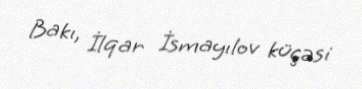
Bakı, İlqar İsmayılov küçəsi